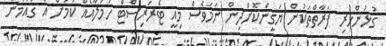
ގުޅުންހުރި ފަރާތްތަކުން ޔަގީންކޮށްދިން ނަމަވެސް މިއީ ޓެރަރިސްޓް ހަމަލާއެއް ކަމަށް އެ ގައުމުން